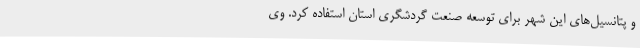
و پتانسیل‌های این شهر برای توسعه صنعت گردشگری استان استفاده کرد. وی